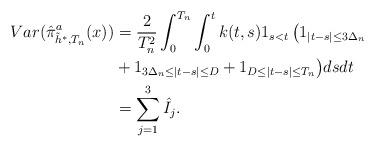
LaTeX: \begin{align*}Var(\hat{\pi}^a_{\tilde{h}^*, T_n}(x)) & = \frac{2}{T_n^2} \int_0^{T_n} \int_0^{t}k(t,s) 1_{s < t} \, \big(1_{|t -s| \le 3 \Delta_n } \\& + 1_{ 3 \Delta_n \le |t -s| \le D } + 1_{D \le |t -s| \le T_n } \big) ds dt \\& = \sum_{j = 1}^3 \hat{I}_j.\end{align*}